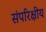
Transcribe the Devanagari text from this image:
संपरिक्षीय